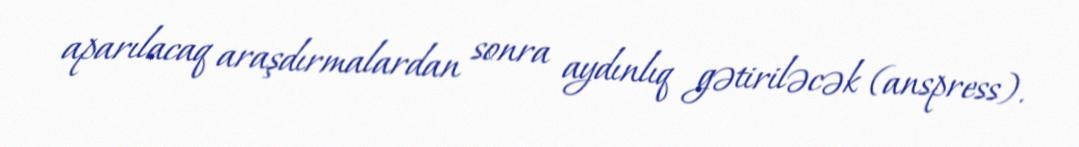
aparılacaq araşdırmalardan sonra aydınlıq gətiriləcək (anspress).